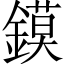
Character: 鏌